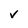
Character: v